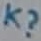
Text: K?